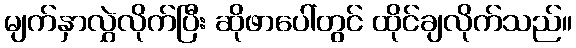
မျက်နှာလွှဲလိုက်ပြီး ဆိုဖာပေါ်တွင် ထိုင်ချလိုက်သည်။